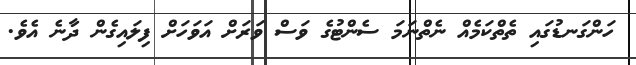
ހަންގަނޑުގައި ތެތްކަމެއް ނެތްނަމަ ސެންޓުގެ ވަސް ވަރަށް އަވަހަށް ފިލައިގެން ދާނެ އެވެ.